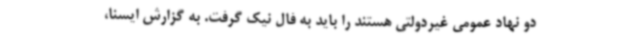
دو نهاد عمومی غیردولتی هستند را باید به فال نیک گرفت. به گزارش ایسنا،